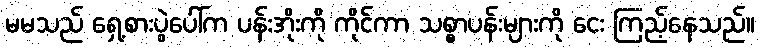
မမသည် ရှေ့စားပွဲပေါ်က ပန်းအိုးကို ကိုင်ကာ သစ္စာပန်းများကို ငေး ကြည့်နေသည်။